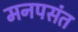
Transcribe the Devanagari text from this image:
मनपसंत